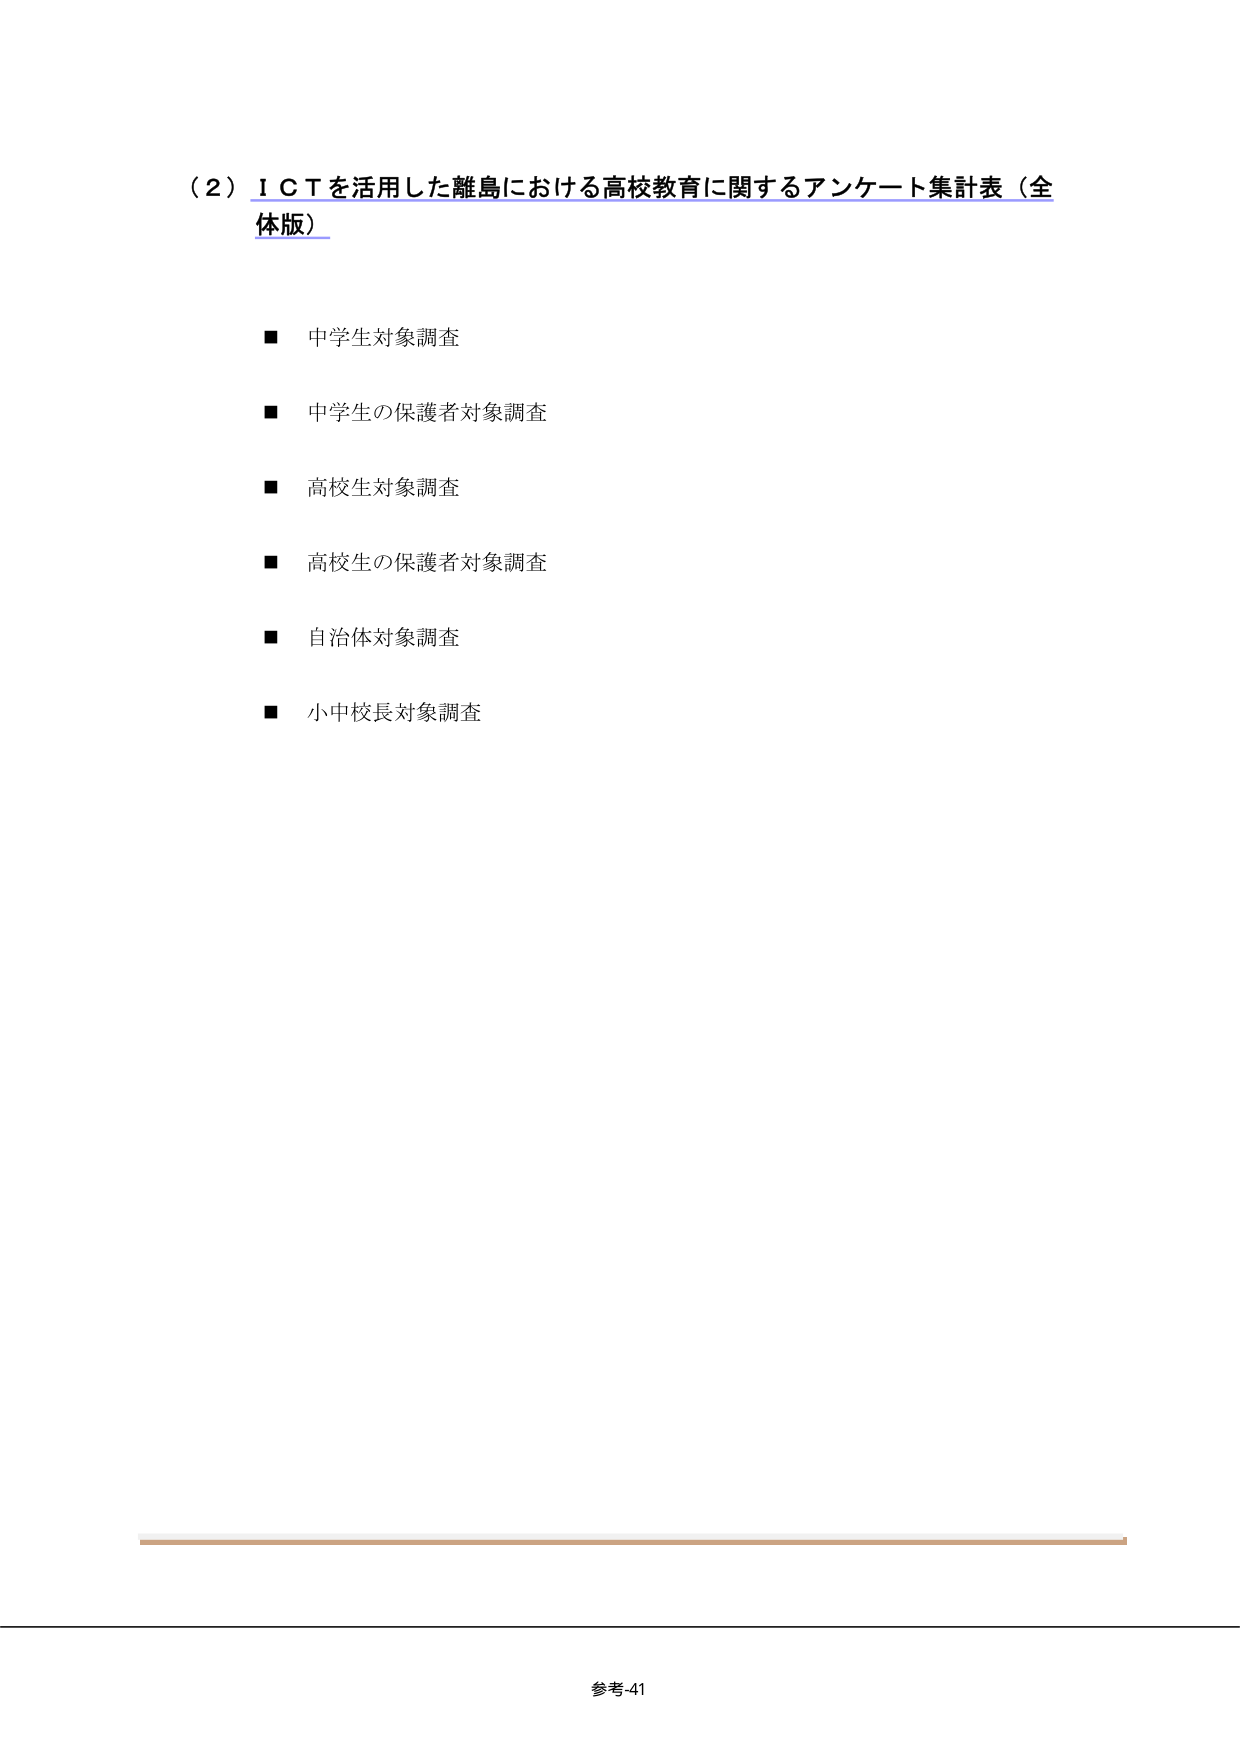
（２）ＩＣＴを活用した離島における高校教育に関するアンケート集計表（全体版）

■ 中学生対象調査
■ 中学生の保護者対象調査
■ 高校生対象調査
■ 高校生の保護者対象調査
■ 自治体対象調査
■ 小中校長対象調査

参考-41